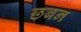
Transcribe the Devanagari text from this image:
छबन